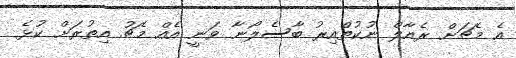
އެ މެޗަށް ރެއާލް ނުކުތްއިރު ބާސެލޯނާ ވަނީ އެއް މެޗު އިތުރަށް ކުޅެ